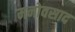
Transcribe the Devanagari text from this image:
मनोवसाद